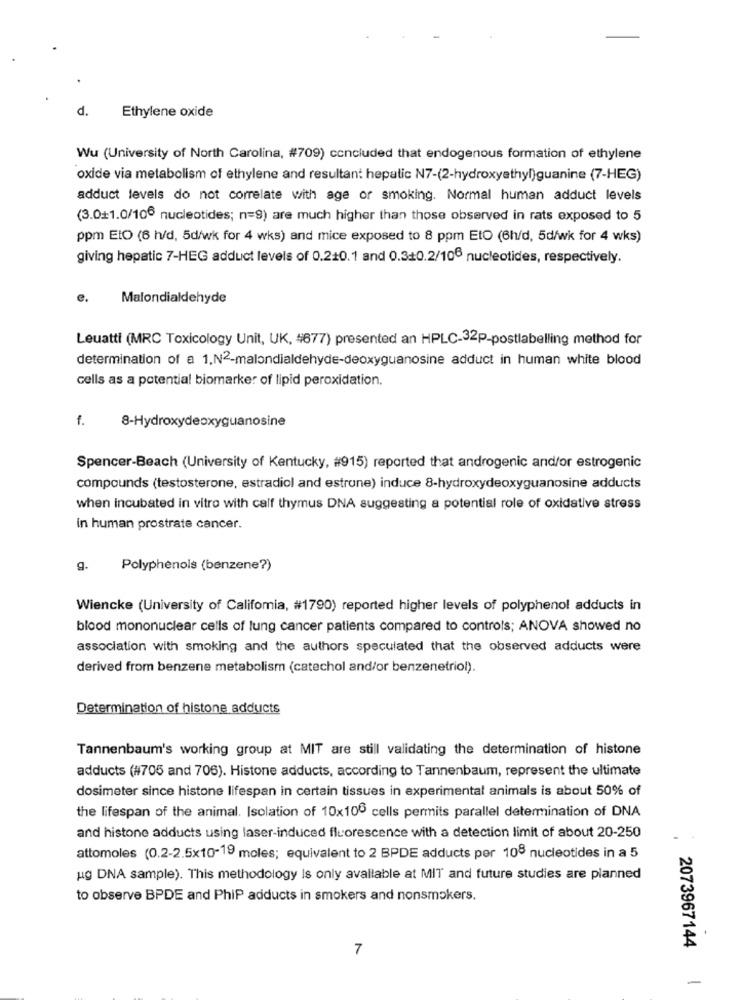
d.
Ethylene oxide
Wu (University of North Carolina, #709) concluded that endogenous formation of ethylene
oxide via metabolism of ethylene and resultant hepatic N7-(2-hydroxyethyl)guanine (7-HEG)
adduct levels do not correlate with age or smoking. Normal human adduct levels
(3.0+1.0/106 nucleotides; n=9) are much higher than those observed in rats exposed to 5
ppm EtO (6 h/d, 5d/wk for 4 wks) and mice exposed to 8 ppm EtO (6h/d, 5d/wk for 4 wks)
giving hepatic 7-HEG adduct levels of 0.210.1 and 0.3+0.2/106 nucleotides, respectively.
e.
Malondialdehyde
Leuatti (MRC Toxicology Unit, UK, #677) presented an HPLC-32p-postlabelling method for
determination of a 1,N2-malondialdehyde-deoxyguanosine adduct in human white blood
cells as a potential biomarker of lipid peroxidation.
f.
8-Hydroxydeoxyguanosine
Spencer-Beach (University of Kentucky, #915) reported that androgenic and/or estrogenic
compounds (testosterone, estradiol and estrune) induce 8-hydroxydeoxyguanosine adducts
when incubated in vitro with calf thymus DNA suggesting a potential role of oxidative stress
In human prostrate cancer.
g.
Polyphenols (benzene?)
Wiencke (University of California, #1790) reported higher levels of polyphenol adducts in
blood mononuclear cells of lung cancer patients compared to controls; ANOVA showed no
association with smoking and the authors speculated that the observed adducts were
derived from benzene metabolism (catechol and/or benzenetriol).
Determination of histone adducts
Tannenbaum's working group at MIT are still validating the determination of histone
adducts (#705 and 706). Histone adducts, according to Tannenbaum, represent the ultimate
dosimeter since histone lifespan in certain tissues in experimental animals is about 50% of
the lifespan of the animal. Isolation of 10x100 cells permits parallel determination of DNA
and histone adducts using laser-induced fluorescence with a detection limit of about 20-250
attomoles (0.2-2.5x10-19 moles; equivalent to 2 BPDE adducts per 108 nucleotides in a 5
ug DNA sample). This methodology Is only available at MIT and future studies are planned
to observe BPDE and PhiP adducts in smokers and nonsmokers.
7
2073967144
-